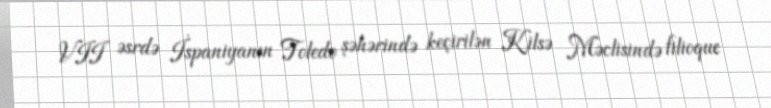
VII əsrdə İspaniyanın Toledo şəhərində keçirilən Kilsə Məclisində filioque